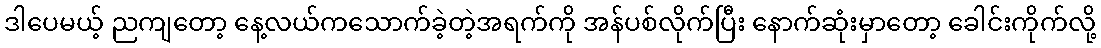
ဒါပေမယ့် ညကျတော့ နေ့လယ်ကသောက်ခဲ့တဲ့အရက်ကို အန်ပစ်လိုက်ပြီး နောက်ဆုံးမှာတော့ ခေါင်းကိုက်လို့